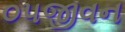
૦૫જીવન